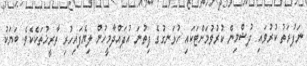
ނަފުރަތު ކުރުވައި ދުޝްމިން ކުރުވުމަށްޓަކައި ހުޅަނގުގެ ފިތުނަ އުފައްދާމީހުން ލިޔެފައިހުރި ތާރީޚުތަކެކެވެ. ބަޔަކު